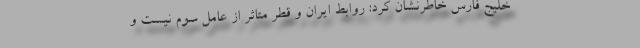
خلیج فارس خاطرنشان کرد: روابط ایران و قطر متاثر از عامل سوم نیست و